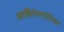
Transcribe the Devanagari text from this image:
आर्किटेक्टोनिया